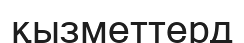
қызметтерд